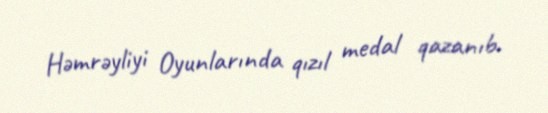
Həmrəyliyi Oyunlarında qızıl medal qazanıb.